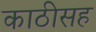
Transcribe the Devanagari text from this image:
काठीसह